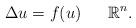
LaTeX: \begin{align*}\Delta u = f(u) \ \ \ \ \ \mathbb R^n. \end{align*}